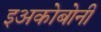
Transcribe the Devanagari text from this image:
इअकोबोनी